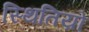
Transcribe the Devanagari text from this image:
स्थितिय़ो